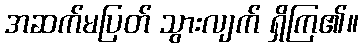
အဆက်မပြတ် သွားလျက် ရှိကြ၏။